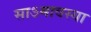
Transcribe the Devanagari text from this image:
साऽमावस्या